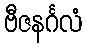
ဗီဇနင်္ဂလံ